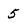
Character: 5